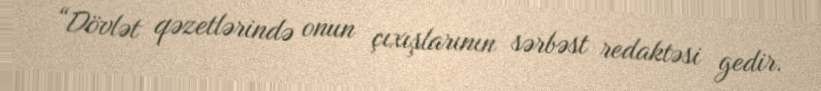
“Dövlət qəzetlərində onun çıxışlarının sərbəst redaktəsi gedir.